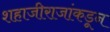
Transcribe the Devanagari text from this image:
शहाजीराजांकडून